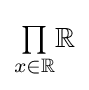
{\textstyle \prod \limits _{x\in \mathbb {R} }}\mathbb {R}